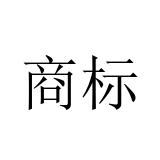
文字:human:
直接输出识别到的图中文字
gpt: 商标